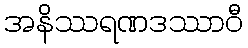
အနိဿရဏဒဿာဝီ